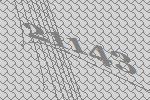
21143